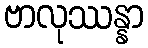
ဗာလုဿန္နာ